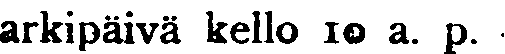
arkipäivä kello 10 a. p.